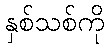
နှစ်သစ်ကို